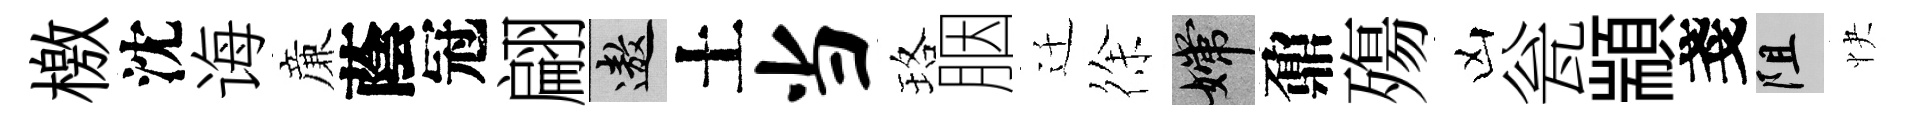
檄沈诲亷蔭冠翩遨土当珞胭迁徐嫦鼐殤凶瓮顓戔阻快